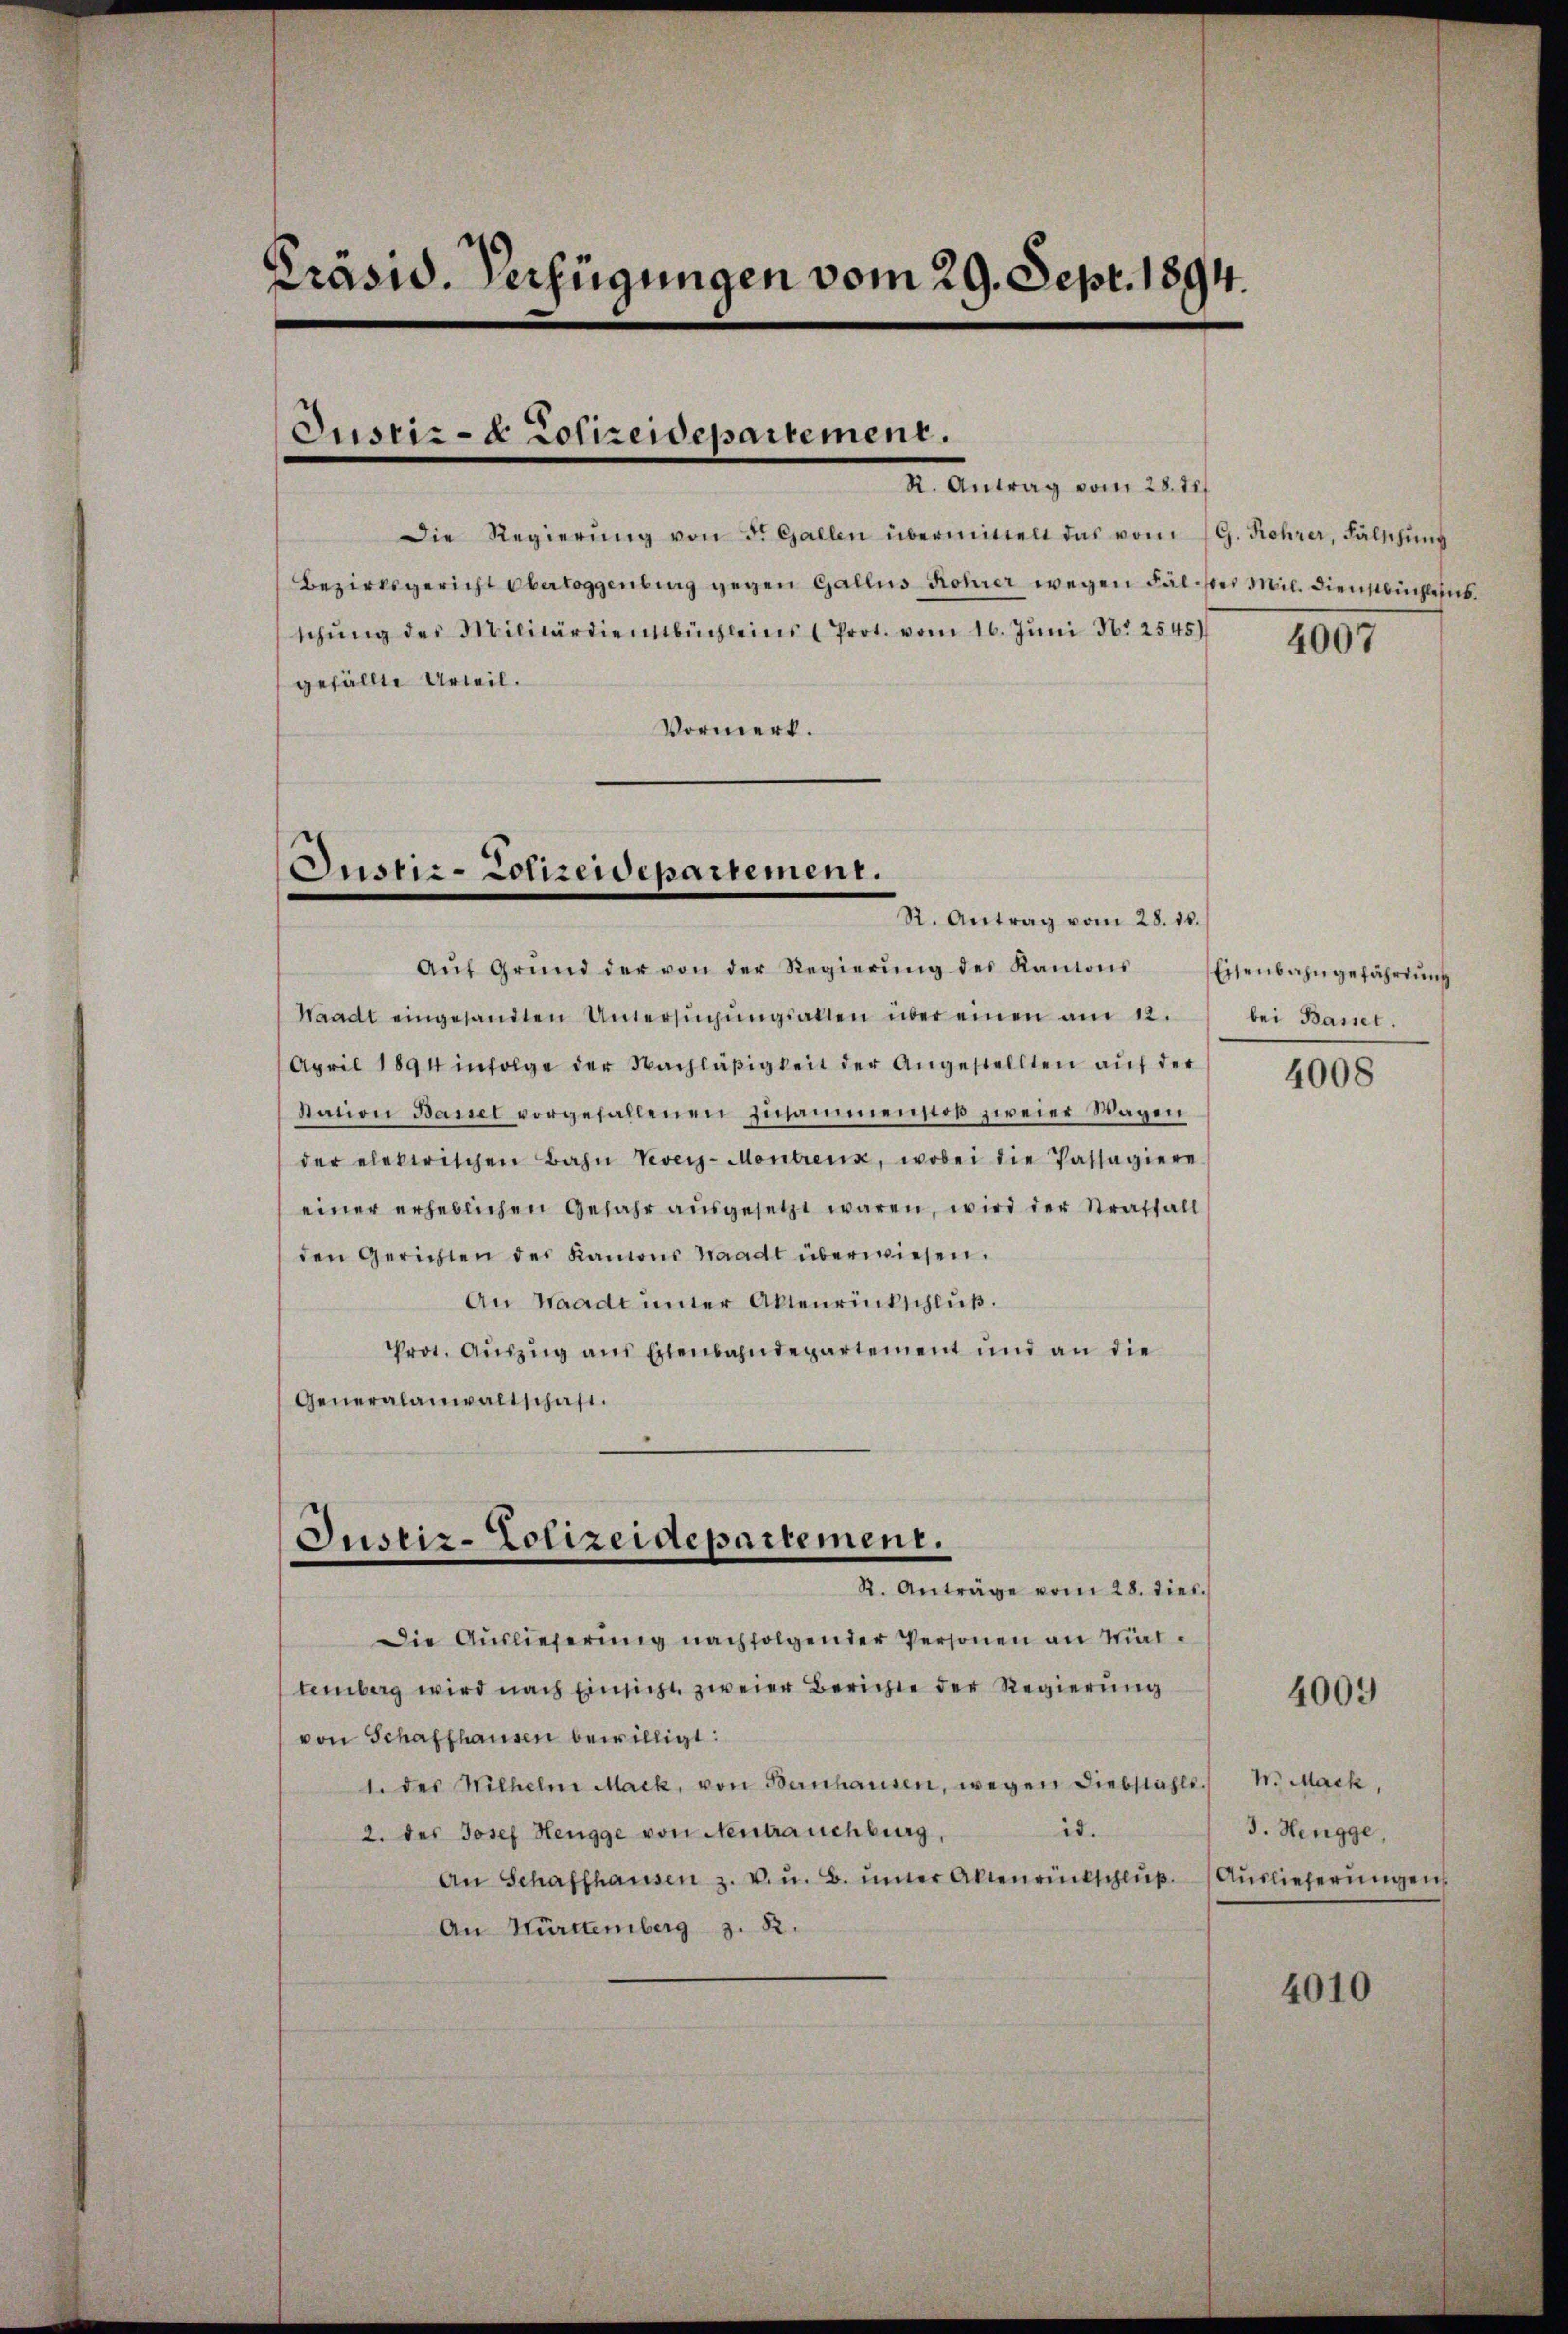
Präsid. Verfügungen vom 29. Sept. 1894.

Justiz-Polizeidepartement.

Die Regierŭng von F. Gallen übermittelt das vom 19. Rohrer, Fälschŭng
Bezirksgericht Obertoggenburg gegen Gallus Rohrer wegen Fälistes Mil. Dienstbüchleins
schŭng des Militärdienstbüchleins Prot. vom 16. Jŭni N. 25451
gefällte Urteil.
Vormerk.

Justiz-Colizeidepartement.

Justiz-Polizeidepartement.
R. Anträge vom 28. dies

I. Antrag vom 22.

Aŭf Grŭnd der von der Regierŭng des Kantons
Waadt eingesandten Untersŭchŭngsalten über einen am 12.
April 1894 infolge der Nachläβigkeit der Angestellten auf der
Station Basel vorgefallenen Zusammenstoß zweier Wagen
der elektrischen Bahn Vevey-Montreux, wobei die Passagiere
einer erheblichen Gefahr aŭsgesetzt waren, wird der Straffall
den Gerichten des Kantons Waadt überwiesen.
An Waadt unter Aktenrückschluß.
Prot. Aŭszŭg ans Eisenbahndepartement und an die
Generalanwaltschaft.

R. Antrag vom 28. 16.

Die Auslieferung nachfolgender Personen an Mattemberg wird nach Einsicht zweier Berichte der Regierung
von Schaffhausen bewilligt:
1. des Wilhelm Mack, von Bernhausen, wegen Diebstahle. N. Mack,
id.
2. des Josef Hengge von Neutrauchburg,
An Schaffhausen z. v. u. B. unter Altenrückschluß
An Württemberg z. 82.

4007

Eisenbahngefährdung
bei Basser.

4008

4009

3. Hengge,
Auslieferungen

4010